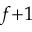
f { + } 1